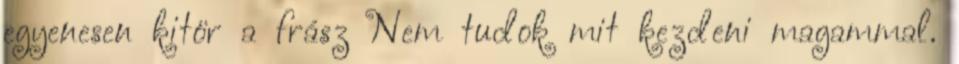
egyenesen kitör a frász Nem tudok mit kezdeni magammal.